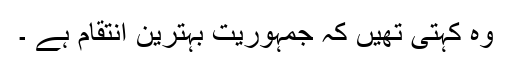
وہ کہتی تھیں کہ جمہوریت بہترین انتقام ہے ۔